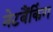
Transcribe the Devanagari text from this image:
नेटबैंकिंग